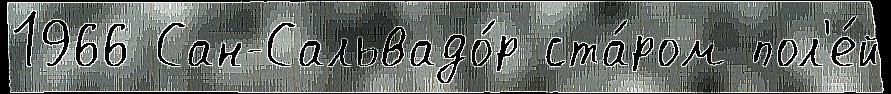
1966 Сан-Сальвадо́р ста́ром пол'е́й